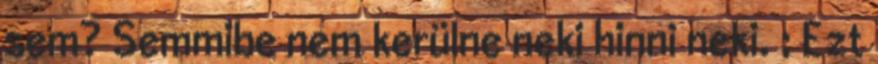
sem? Semmibe nem kerülne neki hinni neki. ; Ezt